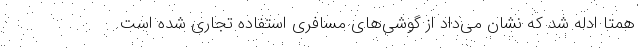
همتا ادله شد که نشان می‌داد از گوشی‌های مسافری استفاده تجاری شده است.